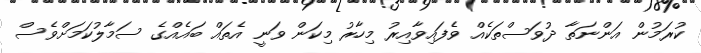
ކުރަމުން އަންނަތާ ދުވަސްތަކެއް ވެފައިވާއިރު މިހާރު މިކަން ވަނީ އެތައް ބައެއްގެ ސަމާލުކަމަށްވެސް